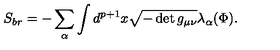
S _ { b r } = - \sum _ { \alpha } \int d ^ { p + 1 } x \sqrt { - \det g _ { \mu \nu } } \lambda _ { \alpha } ( \Phi ) .